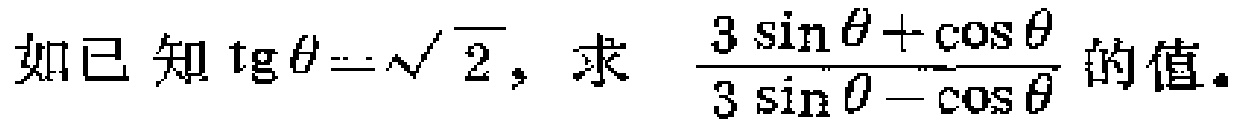
如已知$\text{tg}\theta = \sqrt{2}$，求$\frac{3\sin\theta+\cos\theta}{3\sin\theta - \cos\theta}$的值。